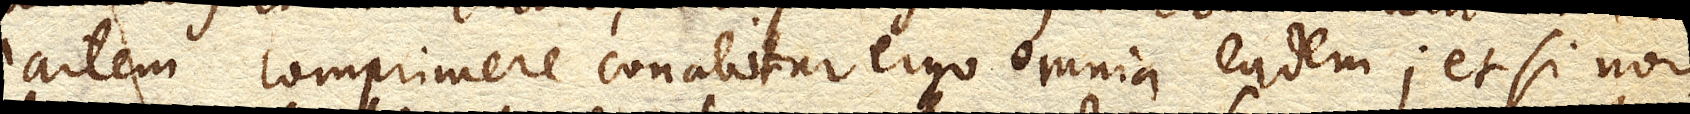
partem comprimere conabitur ergo omnia eadem; et si non